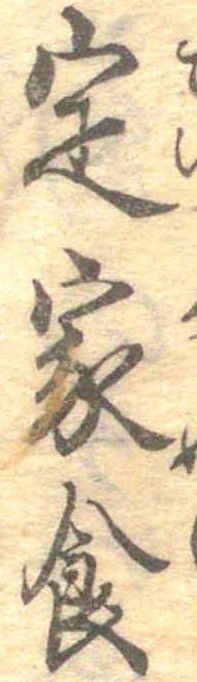
定家食